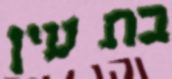
בת עין